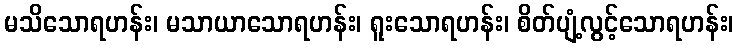
မသိသောရဟန်း၊ မသာယာသောရဟန်း၊ ရူးသောရဟန်း၊ စိတ်ပျံ့လွင့်သောရဟန်း၊